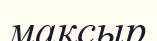
мақсыр